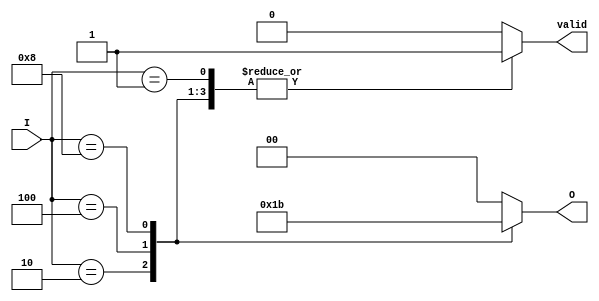
module multilevel_encoder (
    input wire [3:0] I, // 4 input lines (I_0 to I_3)
    output reg [1:0] O, // 2 output lines (O_0 to O_1)
    output reg valid    // Indicates if a valid input is active
);

always @(*) begin
    // Default outputs
    O = 2'b00; // Default output value
    valid = 1'b0; // Default valid to low

    case (I)
        4'b0001: begin O = 2'b00; valid = 1'b1; end // I_0 is active
        4'b0010: begin O = 2'b01; valid = 1'b1; end // I_1 is active
        4'b0100: begin O = 2'b10; valid = 1'b1; end // I_2 is active
        4'b1000: begin O = 2'b11; valid = 1'b1; end // I_3 is active
        default: begin O = 2'b00; valid = 1'b0; end // No valid input
    endcase
end

endmodule